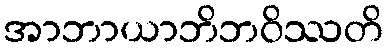
အာဘာယာဘိဘဝိဿတိ